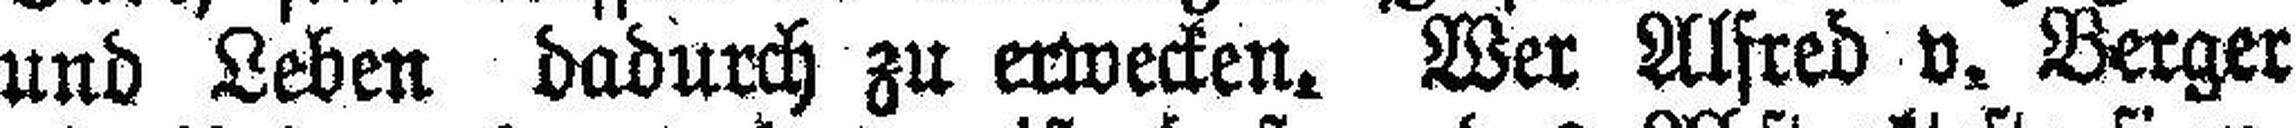
und Leben dadurch zu erwecken. Wer Alfred v. Berger